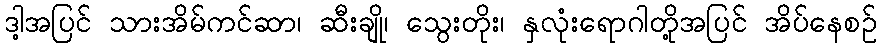
ဒါ့အပြင် သားအိမ်ကင်ဆာ၊ ဆီးချို၊ သွေးတိုး၊ နှလုံးရောဂါတို့အပြင် အိပ်နေစဥ်